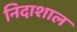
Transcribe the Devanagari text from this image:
निदाशाल